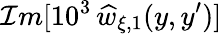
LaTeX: \mathcal{I}m[10^{3}\, \widehat{w}_{\xi,1}(y,y^{\prime})]